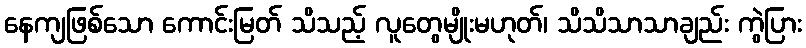
နေကျဖြစ်သော ကောင်းမြတ် သိသည့် လူတွေမျိုးမဟုတ်၊ သိသိသာသာချည်း ကွဲပြား